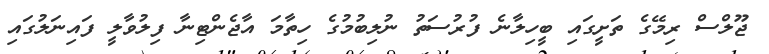
ޖޫލްސް ރިމޭގެ ތަށީގައި ބީހިލާނެ ފުރުސަތު ނުލިބުމުގެ ހިތާމަ އާޖެންޓިނާ ފިލުވާލީ ފައިނަލުގައި